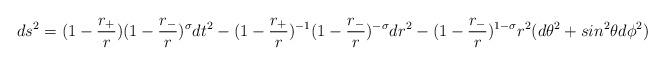
LaTeX: \begin{align*}ds^{2} = (1 - \frac{r_+}{r })(1 - \frac{r_-}{r })^\sigma dt^2 - (1 - \frac{r_+}{r })^{-1}(1 - \frac{r_-}{r })^{-\sigma} dr^2 - (1 - \frac{r_-}{r })^{1-\sigma} r^2 (d \theta^2 + sin^2 \theta d \phi^2)\end{align*}